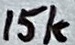
Text: 15k